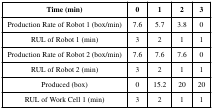
<table><thead><tr><td><b>Time (min)</b></td><td><b>0</b></td><td><b>1</b></td><td><b>2</b></td><td><b>3</b></td></tr></thead><tbody><tr><td>Production Rate of Robot 1 (box/min)</td><td>7.6</td><td>5.7</td><td>3.8</td><td>0</td></tr><tr><td>RUL of Robot 1 (min)</td><td>3</td><td>2</td><td>1</td><td>1</td></tr><tr><td>Production Rate of Robot 2 (box/min)</td><td>7.6</td><td>7.6</td><td>7.6</td><td>0</td></tr><tr><td>RUL of Robot 2 (min)</td><td>3</td><td>2</td><td>1</td><td>1</td></tr><tr><td>Produced (box)</td><td>0</td><td>15.2</td><td>20</td><td>20</td></tr><tr><td>RUL of Work Cell 1 (min)</td><td>3</td><td>2</td><td>1</td><td>1</td></tr></tbody></table>